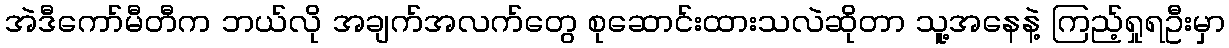
အဲဒီကော်မီတီက ဘယ်လို အချက်အလက်တွေ စုဆောင်းထားသလဲဆိုတာ သူ့အနေနဲ့ ကြည့်ရှုရဦးမှာ